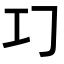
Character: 𢀕